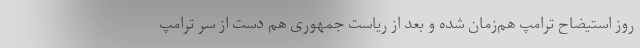
روز استیضاح ترامپ هم‌زمان شده و بعد از ریاست جمهوری هم دست از سر ترامپ